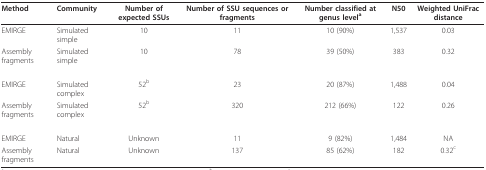
<table><thead><tr><td><b>Method</b></td><td><b>Community</b></td><td><b>Number of expected SSUs</b></td><td><b>Number of SSU sequences or fragments</b></td><td><b>Number classified at genus level<sup>a</sup></b></td><td><b>N50</b></td><td><b>Weighted UniFrac distance</b></td></tr></thead><tbody><tr><td>EMIRGE</td><td>Simulated simple</td><td>10</td><td>11</td><td>10 (90%)</td><td>1,537</td><td>0.03</td></tr><tr><td>Assembly fragments</td><td>Simulated simple</td><td>10</td><td>78</td><td>39 (50%)</td><td>383</td><td>0.32</td></tr><tr><td>EMIRGE</td><td>Simulated complex</td><td>52<sup>b</sup></td><td>23</td><td>20 (87%)</td><td>1,488</td><td>0.04</td></tr><tr><td>Assembly fragments</td><td>Simulated complex</td><td>52<sup>b</sup></td><td>320</td><td>212 (66%)</td><td>122</td><td>0.26</td></tr><tr><td>EMIRGE</td><td>Natural</td><td>Unknown</td><td>11</td><td>9 (82%)</td><td>1,484</td><td>NA</td></tr><tr><td>Assembly fragments</td><td>Natural</td><td>Unknown</td><td>137</td><td>85 (62%)</td><td>182</td><td>0.32<sup>c</sup></td></tr></tbody></table>